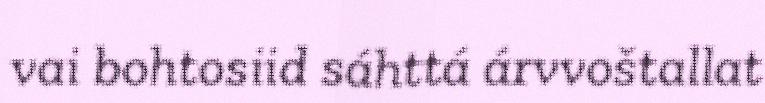
vai bohtosiid sáhttá árvvoštallat